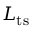
L _ { \mathrm { t s } }